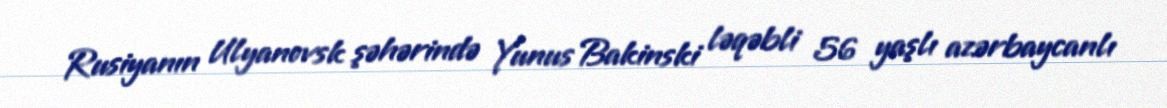
Rusiyanın Ulyanovsk şəhərində Yunus Bakinski ləqəbli 56 yaşlı azərbaycanlı